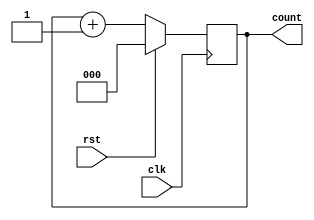
module seq_counter(clk,rst,count);
input clk,rst;
output reg [2:0] count;
reg [2:0] temp;
always@(posedge clk)
begin
    if(rst)
    count<=3'b0;
    else
    begin
    count <= count+1;
        case(count)
        3'b000:temp<=3'b011;
        3'b011:temp<=3'b101;
        3'b101:temp<=3'b110;
        3'b110:temp<=3'b000;
        endcase
    end
end
endmodule